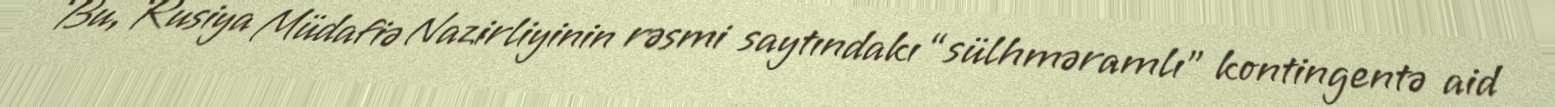
Bu, Rusiya Müdafiə Nazirliyinin rəsmi saytındakı “sülhməramlı” kontingentə aid